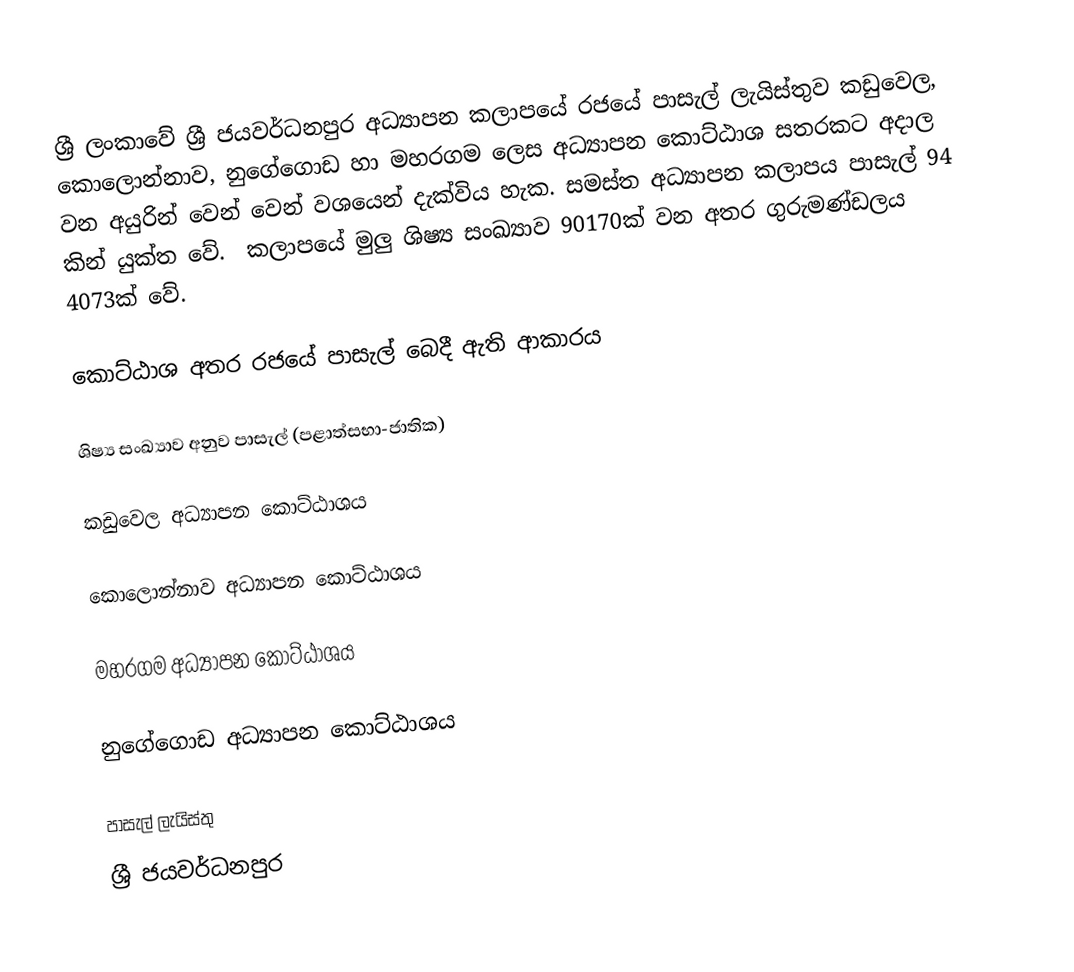
ශ්‍රී ලංකාවේ ශ්‍රී ජයවර්ධනපුර අධ්‍යාපන කලාපයේ රජයේ පාසැල් ලැයිස්තුව   කඩුවෙල, කොලොන්නාව, නුගේගොඩ හා මහරගම ලෙස අධ්‍යාපන කොට්ඨාශ සතරකට අදාල වන අයුරින් වෙන් වෙන් වශයෙන් දැක්විය හැක. සමස්ත අධ්‍යාපන කලාපය පාසැල් 94 කින් යුක්ත ‍වේ. ‍ ‍‍‍‍‍කලාප‍යේ මුලු ශිෂ්‍ය සංඛ්‍යාව 90170ක් වන අතර ගුරුමණ්ඩලය 4073ක් ‍වේ.

කොට්ඨාශ අතර රජයේ පාසැල් ‍බෙදී ඇති ආකාරය

ශිෂ්‍ය සංඛ්‍යාව අනුව පාසැල් (පළාත්සභා-ජාතික)

කඩුවෙල අධ්‍යාපන කොට්ඨාශය

කොලොන්නාව අධ්‍යාපන කොට්ඨාශය

මහරගම අධ්‍යාපන කොට්ඨාශය

නුගේගොඩ අධ්‍යාපන කොට්ඨාශය

පාසැල් ලැයිස්තු
ශ්‍රී ජයවර්ධනපුර